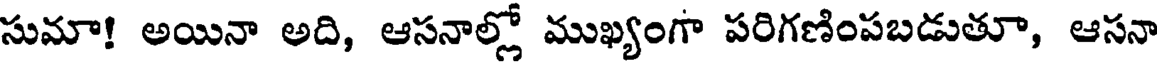
సుమా! అయినా అది, ఆసనాల్లో ముఖ్యంగా పరిగణింపబడుతూ, ఆసనా